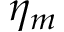
\eta _ { m }